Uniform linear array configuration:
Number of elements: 64
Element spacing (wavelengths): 0.5
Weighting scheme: hann
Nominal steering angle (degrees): -15
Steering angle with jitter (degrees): -15.84
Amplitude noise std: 0.05
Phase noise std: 0.05

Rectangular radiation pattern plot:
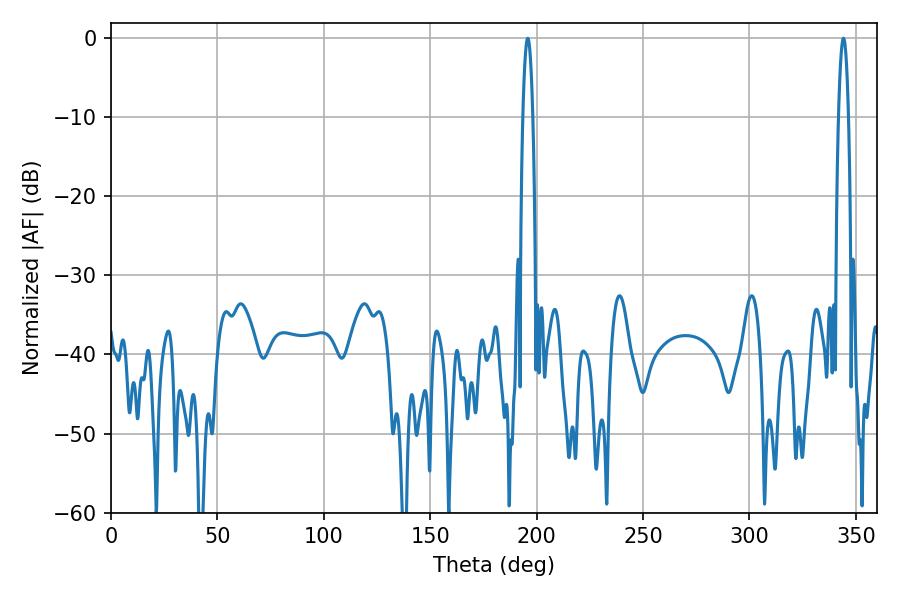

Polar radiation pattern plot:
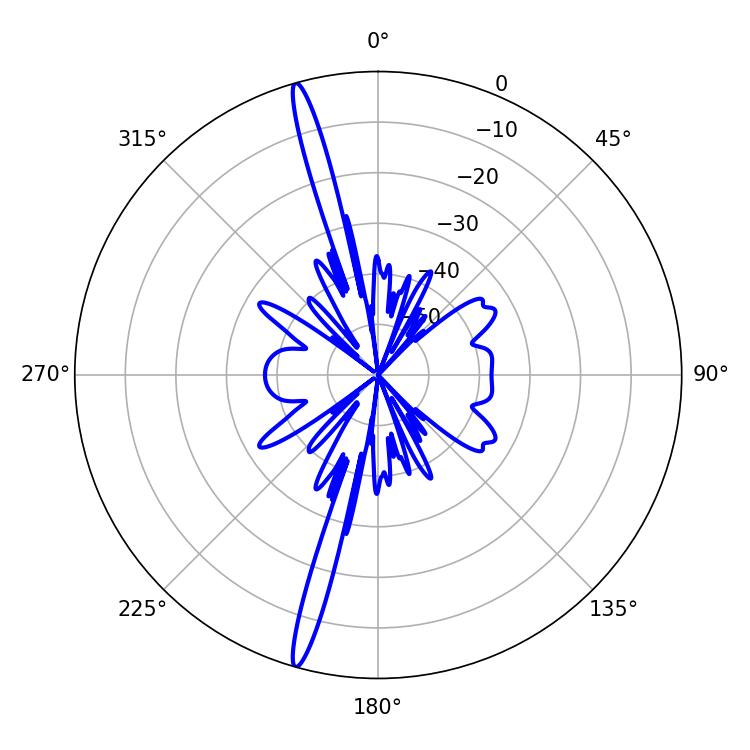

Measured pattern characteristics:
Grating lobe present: FALSE
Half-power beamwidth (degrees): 2.52
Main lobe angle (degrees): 195.84